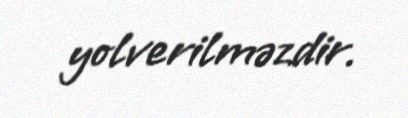
yolverilməzdir.